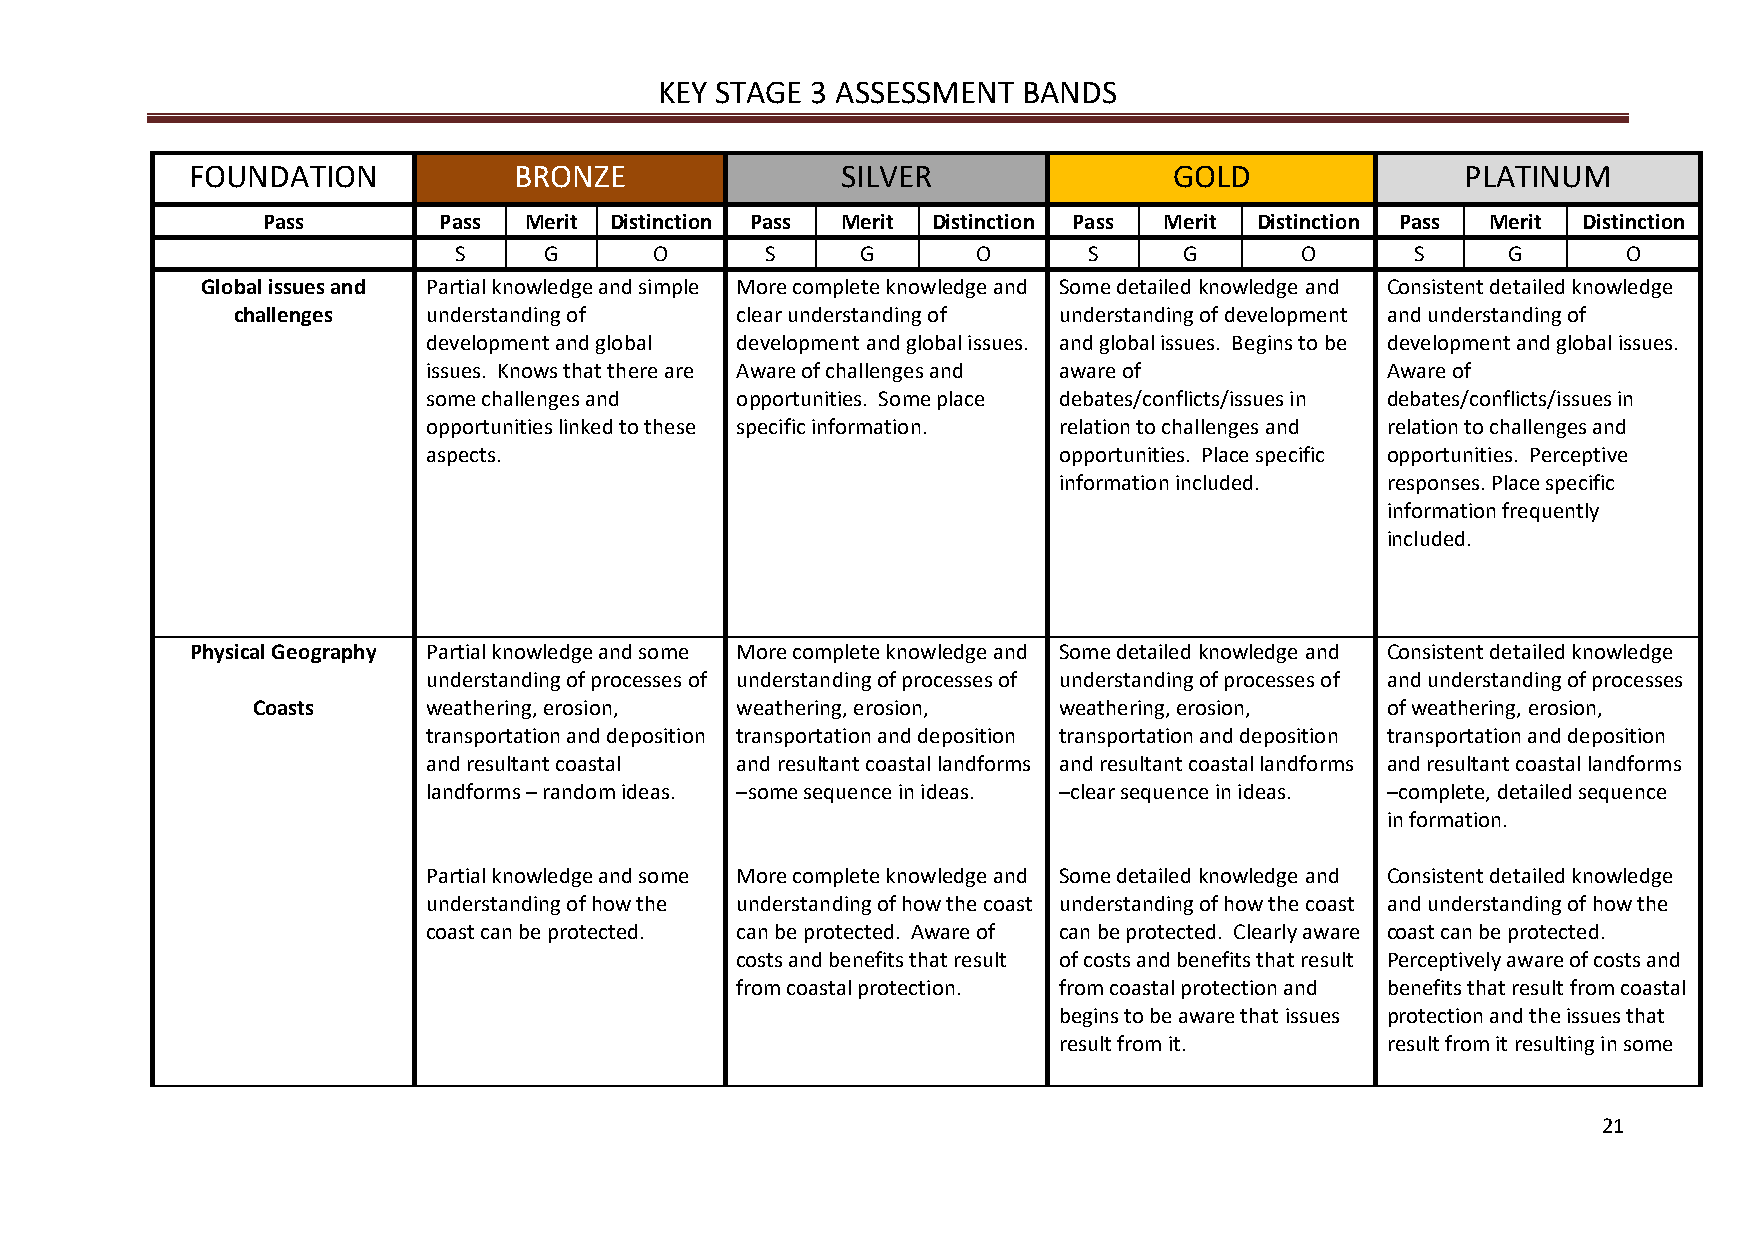
KEY STAGE 3 ASSESSMENT  BANDS
 FOUNDATION           BRONZE                SILVER                GOLD               PLATINUM
 Pass        Pass  Merit Distinction Pass Merit Distinction Pass Merit Distinction Pass Merit Distinction
 S     G      O       S     G       O      S     G       O       S     G       O
 Global issues and Partial knowledge and simple More complete knowledge and Some detailed knowledge and Consistent detailed knowledge
 challenges   understanding of     clear understanding of understanding of development and understanding of
 development and global development and global issues. and global issues. Begins to be development and global issues.
 issues. Knows that there are Aware of challenges and aware of   Aware of
 some challenges and  opportunities. Some place debates/conflicts/issues in debates/conflicts/issues in
 opportunities linked to these specific information. relation to challenges and relation to challenges and
 aspects.                                  opportunities. Place specific opportunities. Perceptive
 information included. responses. Place specific
 information frequently
 included.
 Physical Geography Partial knowledge and some More complete knowledge and Some detailed knowledge and Consistent detailed knowledge
 understanding of processes of understanding of processes of understanding of processes of and understanding of processes
 Coasts     weathering, erosion, weathering, erosion, weathering, erosion,  of weathering, erosion,
 transportation and deposition transportation and deposition transportation and deposition transportation and deposition
 and resultant coastal and resultant coastal landforms and resultant coastal landforms and resultant coastal landforms
 landforms – random ideas. –some sequence in ideas. –clear sequence in ideas. –complete, detailed sequence
 in formation.
 Partial knowledge and some More complete knowledge and Some detailed knowledge and Consistent detailed knowledge
 understanding of how the understanding of how the coast understanding of how the coast and understanding of how the
 coast can be protected. can be protected. Aware of can be protected. Clearly aware coast can be protected.
 costs and benefits that result of costs and benefits that result Perceptively aware of costs and
 from coastal protection. from coastal protection and benefits that result from coastal
 begins to be aware that issues protection and the issues that
 result from it.       result from it resulting in some
 21